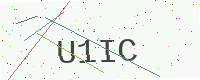
Text: U1IC